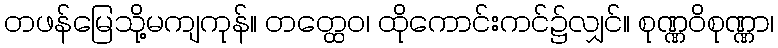
တဖန်မြေသို့မကျကုန်။ တတ္ထေဝ၊ ထိုကောင်းကင်၌လျှင်။ စုဏ္ဏဝိစုဏ္ဏာ၊